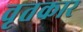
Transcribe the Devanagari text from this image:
वृतकार